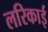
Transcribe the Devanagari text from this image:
लरिकाई